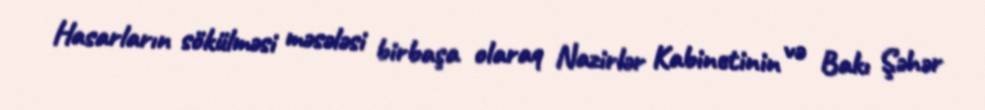
Hasarların sökülməsi məsələsi birbaşa olaraq Nazirlər Kabinetinin və Bakı Şəhər